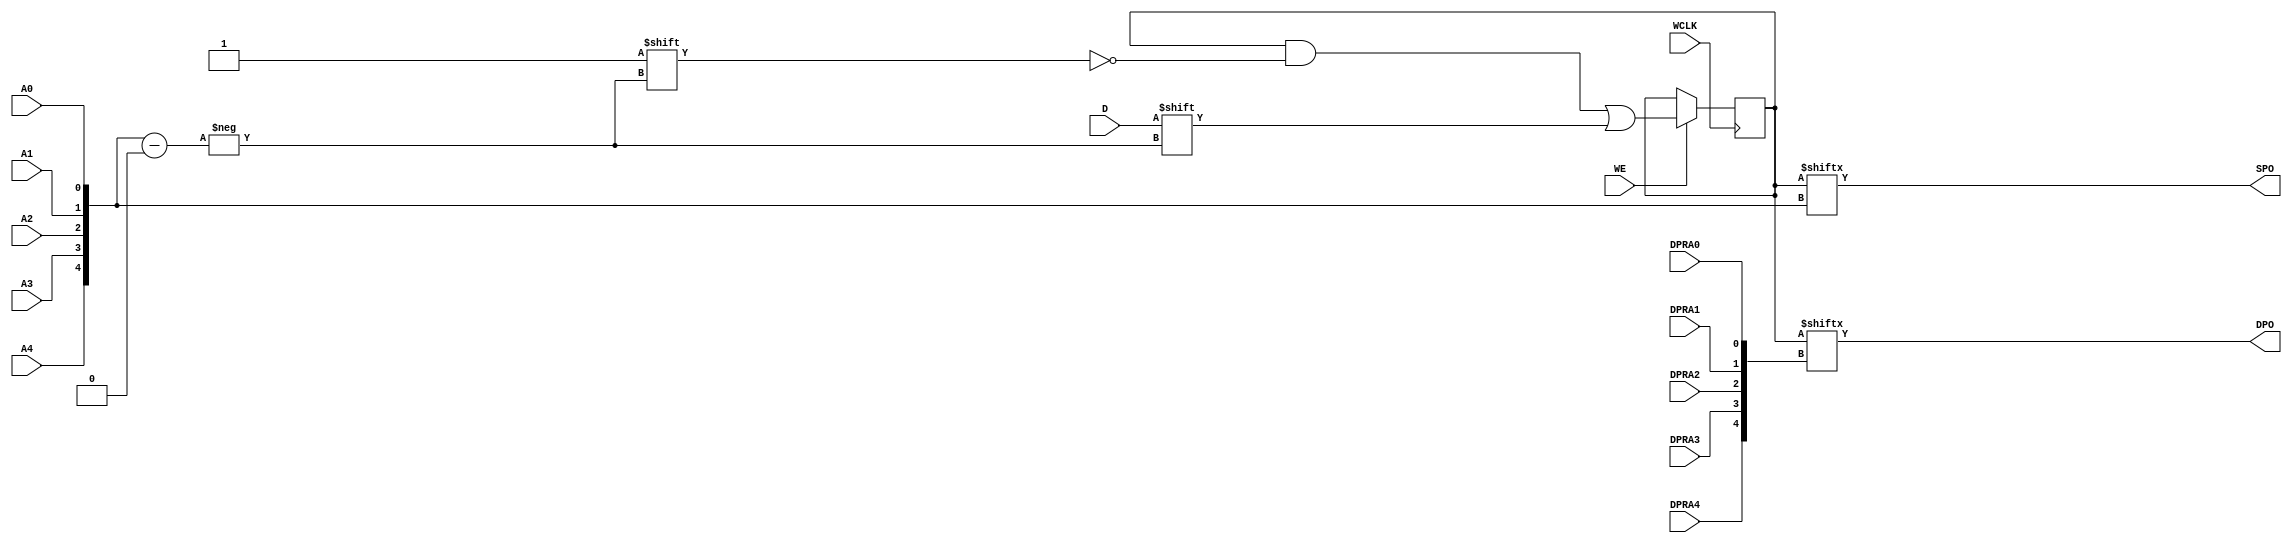
// $Header: /devl/xcs/repo/env/Databases/CAEInterfaces/verunilibs/data/unisims/RAM32X1D.v,v 1.8 2005/03/14 22:32:58 yanx Exp $
///////////////////////////////////////////////////////////////////////////////
// Copyright (c) 1995/2004 Xilinx, Inc.
// All Right Reserved.
///////////////////////////////////////////////////////////////////////////////
//   ____  ____
//  /   /\/   /
// /___/  \  /    Vendor : Xilinx
// \   \   \/     Version : 10.1
//  \   \         Description : Xilinx Functional Simulation Library Component
//  /   /                  Static Dual Port Synchronous RAM 32-Deep by 1-Wide
// /___/   /\     Filename : RAM32X1D.v
// \   \  /  \    Timestamp : Thu Mar 25 16:43:33 PST 2004
//  \___\/\___\
//
// Revision:
//    03/23/04 - Initial version.
//    02/04/05 - Rev 0.0.1 Remove input/output bufs; Remove for-loop in initial block;
// End Revision

`timescale  1 ps / 1 ps

module RAM32X1D (DPO, SPO, A0, A1, A2, A3, A4, D, DPRA0, DPRA1, DPRA2, DPRA3, DPRA4, WCLK, WE);

    parameter INIT = 32'h00000000;

    output DPO, SPO;

    input  A0, A1, A2, A3, A4, D, DPRA0, DPRA1, DPRA2, DPRA3, DPRA4, WCLK, WE;

    reg  [31:0] mem;
    wire [4:0] adr;

    assign adr = {A4, A3, A2, A1, A0};
    assign SPO = mem[adr];
    assign DPO = mem[{DPRA4, DPRA3, DPRA2, DPRA1, DPRA0}];

    initial 
        mem = INIT;

    always @(posedge WCLK) 
        if (WE == 1'b1)
            mem[adr] <= #100 D;

endmodule